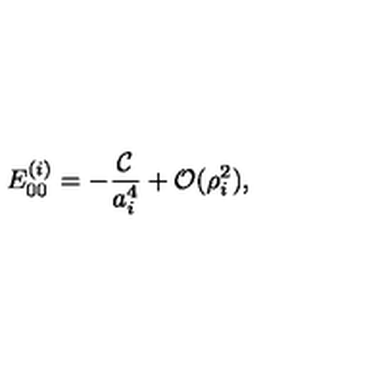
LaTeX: E _ { 0 0 } ^ { ( i ) } = - \frac { { \cal C } } { a _ { i } ^ { 4 } } + { \cal O } ( \rho _ { i } ^ { 2 } ) ,